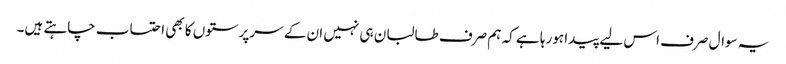
یہ سوال صرف اس لیے پیدا ہورہا ہے کہ ہم صرف طالبان ہی نہیں ان کے سرپرستوں کا بھی احتساب چاہتے ہیں۔